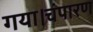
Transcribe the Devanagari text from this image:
गया।चंपारण